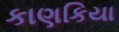
કાણકિયા